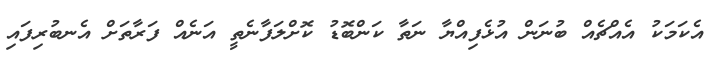
އެކަމަކު އެއްޗެއް ބުނަން އުޅެފިއްޔާ ނަތާ ކަންބޮޑު ކޮށްލަފާނެތީ އަނެއް ފަރާތަށް އެނބުރިފައި